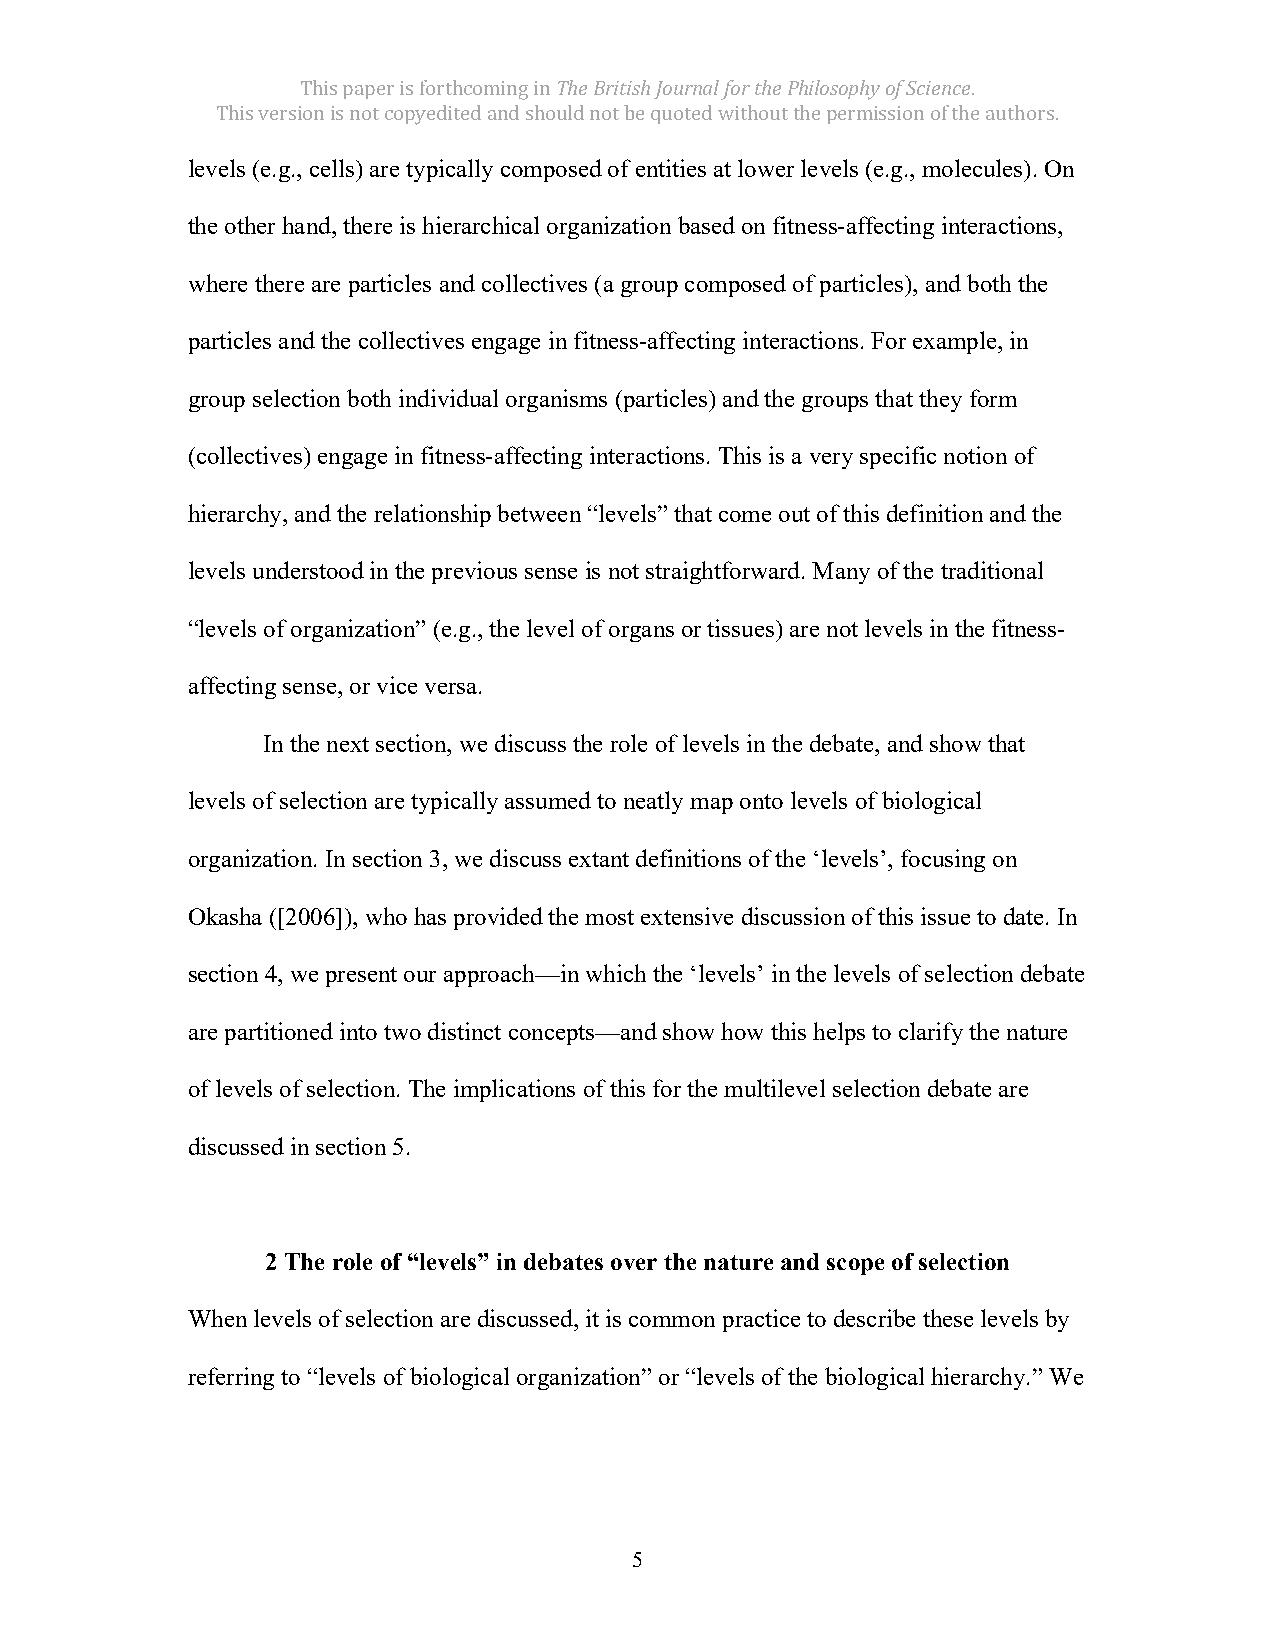
This paper is forthcoming in The British Journal for the Philosophy of Science.
 This version is not copyedited and should not be quoted without the permission of the authors.
 levels (e.g., cells) are typically composed of entities at lower levels (e.g., molecules). On
 the other hand, there is hierarchical organization based on fitness-affecting interactions,
 where there are particles and collectives (a group composed of particles), and both the
 particles and the collectives engage in fitness-affecting interactions. For example, in
 group selection both individual organisms (particles) and the groups that they form
 (collectives) engage in fitness-affecting interactions. This is a very specific notion of
 hierarchy, and the relationship between “levels” that come out of this definition and the
 levels understood in the previous sense is not straightforward. Many of the traditional
 “levels of organization” (e.g., the level of organs or tissues) are not levels in the fitness-
 affecting sense, or vice versa.
 In the next section, we discuss the role of levels in the debate, and show that
 levels of selection are typically assumed to neatly map onto levels of biological
 organization. In section 3, we discuss extant definitions of the ‘levels’, focusing on
 Okasha ([2006]), who has provided the most extensive discussion of this issue to date. In
 section 4, we present our approach—in which the ‘levels’ in the levels of selection debate
 are partitioned into two distinct concepts—and show how this helps to clarify the nature
 of levels of selection. The implications of this for the multilevel selection debate are
 discussed in section 5.
 2 The role of “levels” in debates over the nature and scope of selection
 When levels of selection are discussed, it is common practice to describe these levels by
 referring to “levels of biological organization” or “levels of the biological hierarchy.” We
 5